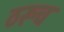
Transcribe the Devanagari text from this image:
ठरूच